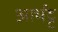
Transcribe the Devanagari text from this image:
आर्भट्ट